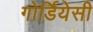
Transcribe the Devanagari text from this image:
गोर्डियेसी